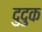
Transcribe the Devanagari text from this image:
दुदुक